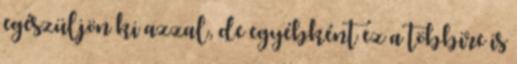
egészüljön ki azzal, de egyébként ez a többire is